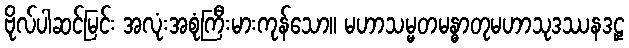
ဗိုလ်ပါဆင်မြင်း အလုံးအစုံကြီးမားကုန်သော။ မဟာသမ္မတမန္ဓာတုမဟာသုဒဿနဒဠှ